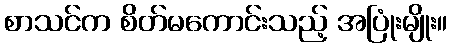
စာသင်က စိတ်မကောင်းသည့် အပြုံးမျိုး။